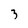
Character: 3